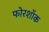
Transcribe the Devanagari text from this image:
फोरशॉक